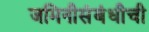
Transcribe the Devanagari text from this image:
जमिनीसंबंधीची